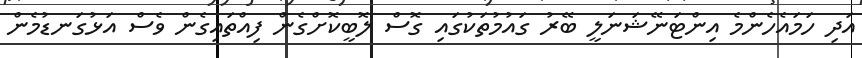
އަދި ހަމައެހެންމެ އިންޓަނޭޝަނަލީ ބޭރު ގައުމުތަކުގައި ގޮސް ލޮބީކޮށްގެން ފިއްތައިގެން ވެސް އަޅުގަނޑުމެން